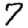
Digit: 7